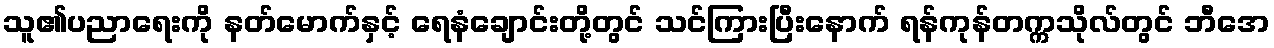
သူ၏ပညာရေးကို နတ်မောက်နှင့် ရေနံချောင်းတို့တွင် သင်ကြားပြီးနောက် ရန်ကုန်တက္ကသိုလ်တွင် ဘီအေ